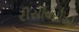
રીસીવરોએ